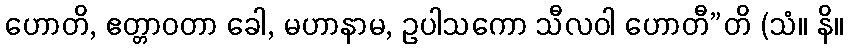
ဟောတိ, ဧတ္တာဝတာ ခေါ, မဟာနာမ, ဥပါသကော သီလဝါ ဟောတီ”တိ (သံ။ နိ။